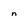
Character: n